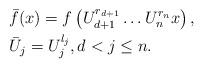
LaTeX: \begin{align*}&\bar f(x)=f\left(U_{d+1}^{r_{d+1}}\ldots U_n^{r_n} x\right),\\&\bar U_j= U_j^{l_j},d<j\le n.\end{align*}